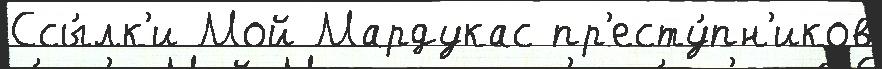
Ссы́лк'и Мой Мардукас пр'есту́пн'иков